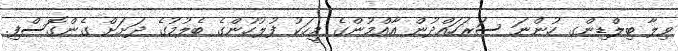
ވިލާ ބިލްޑިންގ ހުންނަ ސަރަހައްދުން އާއްމުންގެ މީހަކު ފުލުހުންގެ ބެލުމުގެ ދަށަށް ގެންގޮސްފި.